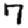
Digit: 7